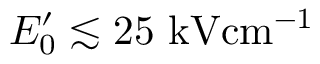
E _ { 0 } ^ { \prime } \lesssim 2 5 \ensuremath { ~ \mathrm { k V } \mathrm { c m } ^ { - 1 } }